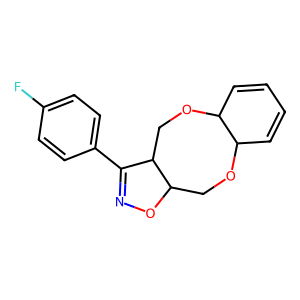
SMILES: Fc1ccc(C2=NOC3COC4C=CC=CC4OCC23)cc1
Inhibits HIV replication: No